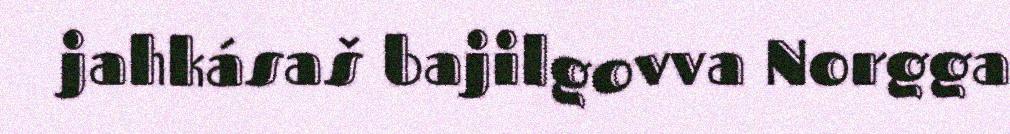
jahkásaš bajilgovva Norgga